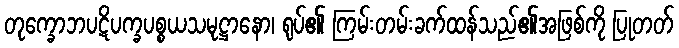
တုက္ခောဘပဋိပက္ခပစ္စယသမုဋ္ဌာနော၊ ရုပ်၏ ကြမ်းတမ်းခက်ထန်သည်၏အဖြစ်ကို ပြုတတ်